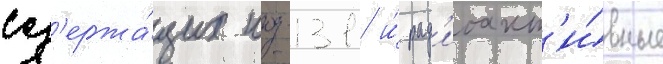
сод'ержа́щих иод-131 и́ рад'иоакт'и́вные